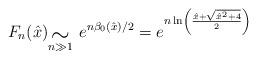
LaTeX: \begin{align*}F_n (\hat{x}){}_{\stackrel{\mbox{\Large $\sim$}}{n \gg 1}}\ e^{n\beta_0({\hat x})/2} = e^{n \ln\left( \frac{{\hat x}+\sqrt{{\hat x}^2+4}}{2}\right)}\end{align*}